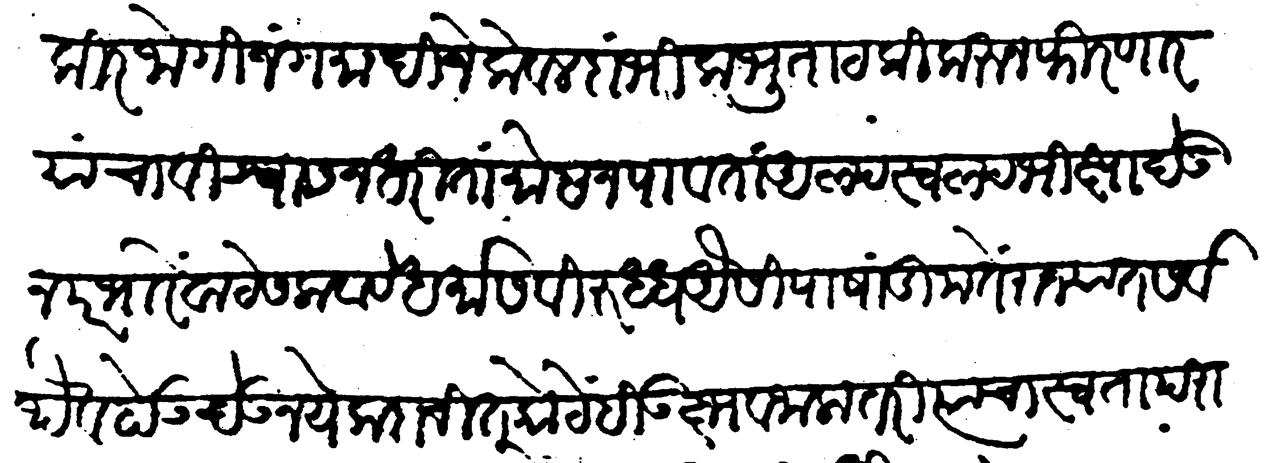
Transliteration (Devanagari): फकीर जोगी जंगमादी जे केवल दांभिक भुताटकी करुन फिरणार यांचा विश्वास न धरिता मोह न पावता अल्पस्वल्प मिक्षा देऊन परभारें वाटेस लावावे धर्मास विरुद्ध ऐसीं पाखंडी मतें राज्यांत सर्वथैव होऊं देऊं नये कदाचित कोठेहि उद्भव जाला तरी त्याचा स्वता परामर्ष